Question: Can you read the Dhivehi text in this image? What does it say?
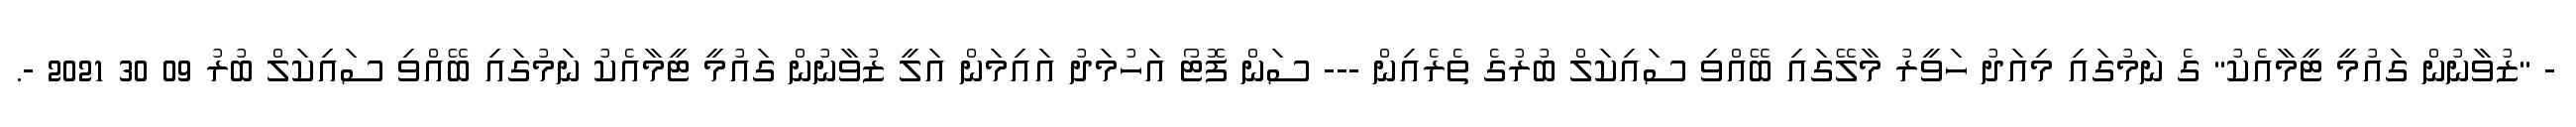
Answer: - "ޒުވާނުން ގައުމީ ޓީމާއެކު" ގެ ނަމުގައި މިއަދު ހަވީރު މާލޭގައި ބޭއްވި ސައިކަލް ބުރުގެ ތެރެއިން --- ސަން ފޮޓޯ އަހުމަދު އައިމަން އަލީ ޒުވާނުން ގައުމީ ޓީމާއެކު ނަމުގައި ބޭއްވި ސައިކަލް ބުރު 09 30 2021 -.